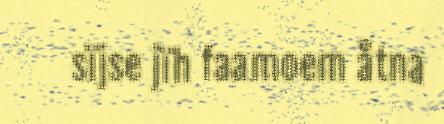
sïjse jïh faamoem åtna